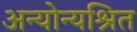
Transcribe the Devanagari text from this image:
अन्योन्यश्रित